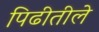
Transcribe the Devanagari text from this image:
पिढीतीले